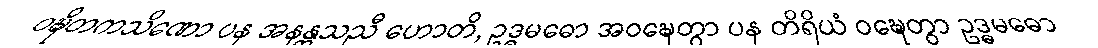
ဝဍ္ဎိတကသိဏော ပန အနန္တသညီ ဟောတိ, ဥဒ္ဓမဓော အဝဍ္ဎေတွာ ပန တိရိယံ ဝဍ္ဎေတွာ ဥဒ္ဓမဓော